DOW-UAP-D63, Mission Report, Strait of Hormuz, October 2020
Agency: Department of War
Incident date: 10/1/20
Incident location: Strait of Hormuz
Page 8
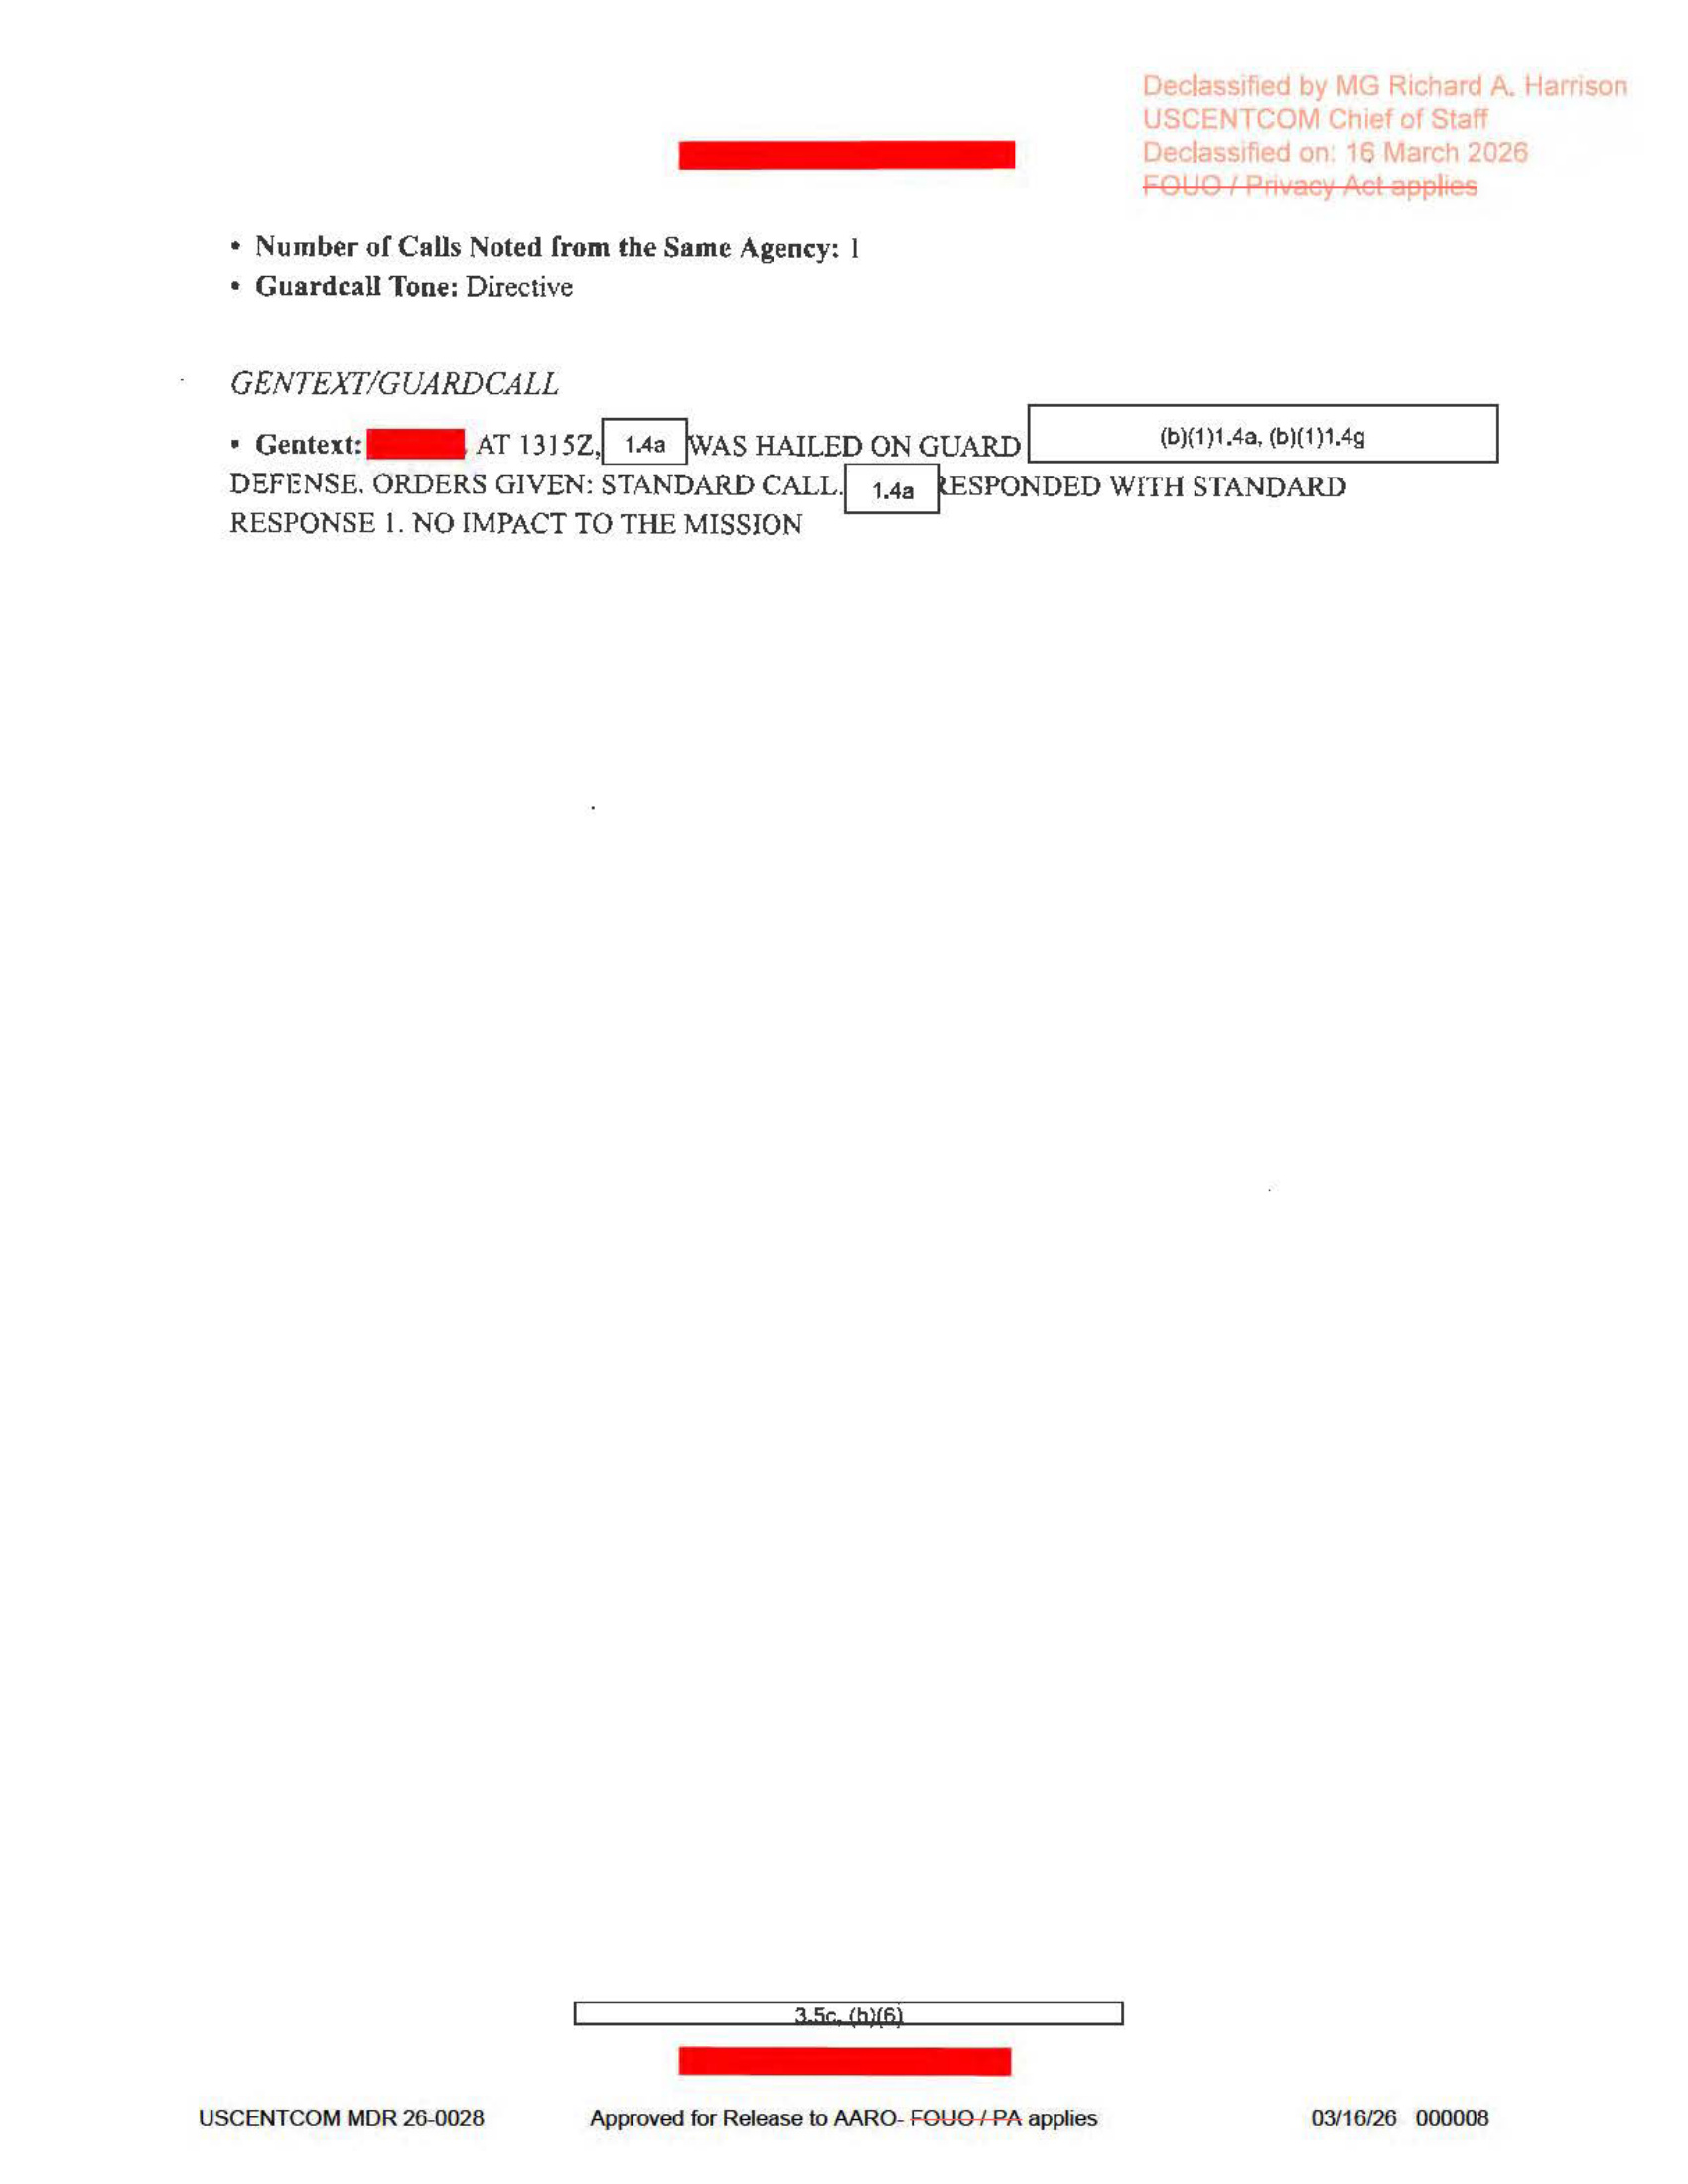